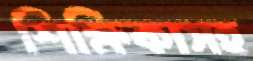
শিক্ষিকাসহ